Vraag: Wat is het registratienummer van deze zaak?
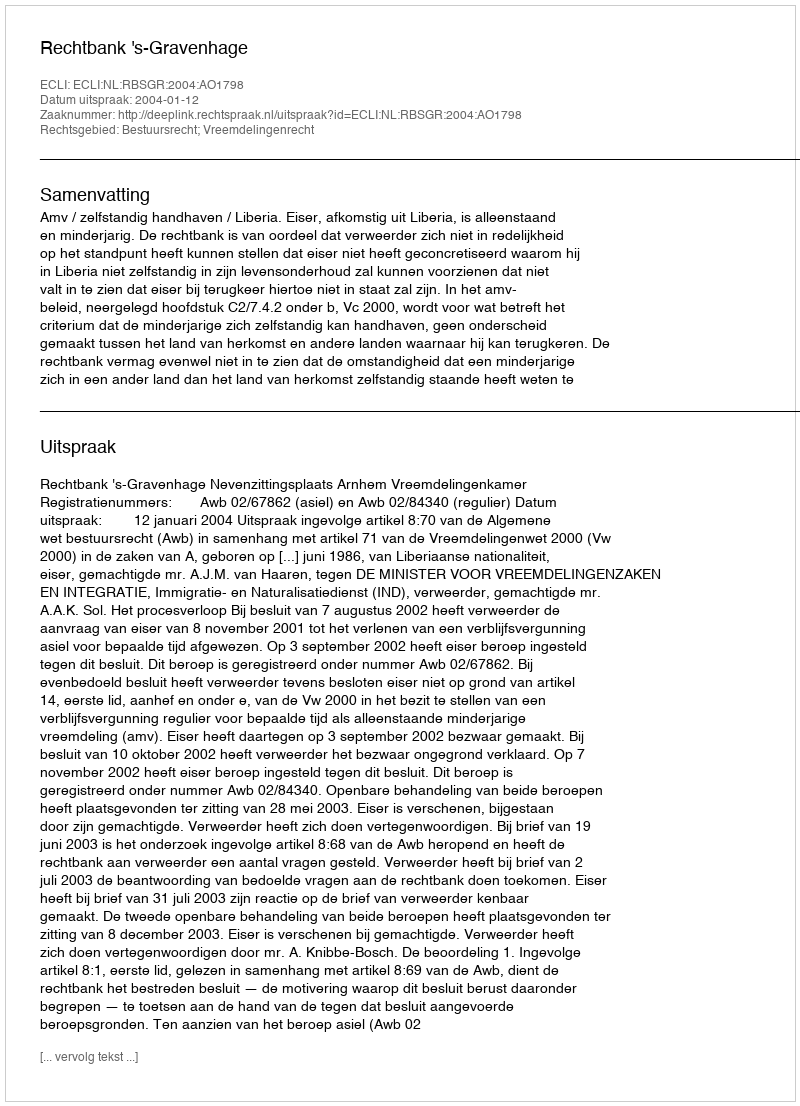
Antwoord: http://deeplink.rechtspraak.nl/uitspraak?id=ECLI:NL:RBSGR:2004:AO1798